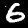
Label: 6